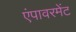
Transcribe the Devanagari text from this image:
एंपावरमेंट